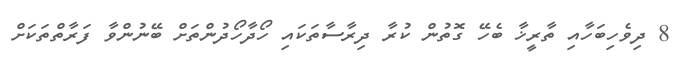
8 ދިވެހިބަހާއި ތާރީޚާ ބެހޭ ގޮތުން ކުރާ ދިރާސާތަކައި ހޯދާހޯދުންތަށް ބޭނުންވާ ފަރާތްތަަކަށް